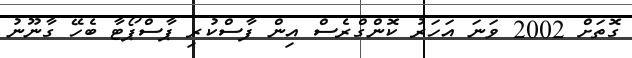
ގޮތަށް 2002 ވަނަ އަހަރު ކޮންގްރެސް އިން ފާސްކުރި ޕާސްޕޯޓާ ބެހޭ ގާނޫނު